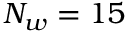
N _ { w } = 1 5